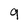
Character: 9